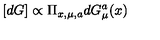
[ d G ] \propto \Pi _ { x , \mu , a } d G _ { \mu } ^ { a } ( x )